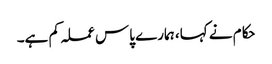
حکام نے کہا، ہمارے پاس عملہ کم ہے۔